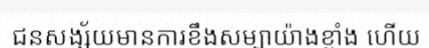
ជនសង្ស័យមានការខឹងសម្បាយ៉ាងខ្លាំង ហើយ